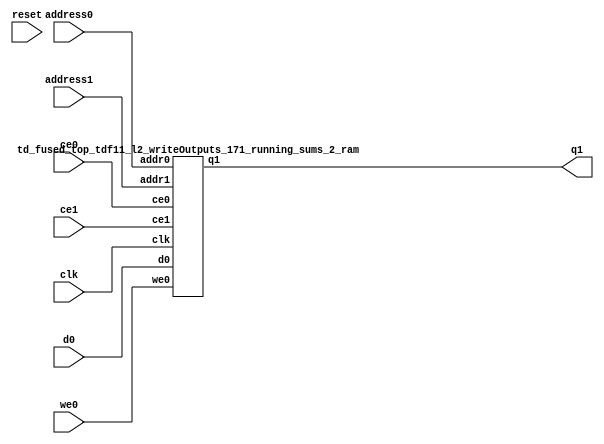
`define EXPONENT 5
`define MANTISSA 10
`define ACTUAL_MANTISSA 11
`define EXPONENT_LSB 10
`define EXPONENT_MSB 14
`define MANTISSA_LSB 0
`define MANTISSA_MSB 9
`define MANTISSA_MUL_SPLIT_LSB 3
`define MANTISSA_MUL_SPLIT_MSB 9
`define SIGN 1
`define SIGN_LOC 15
`define DWIDTH (`SIGN+`EXPONENT+`MANTISSA)
`define IEEE_COMPLIANCE 1

module td_fused_top_tdf11_l2_writeOutputs_171_running_sums_2(
    reset,
    clk,
    address0,
    ce0,
    we0,
    d0,
    address1,
    ce1,
    q1);

parameter DataWidth = 32'd16;
parameter AddressRange = 32'd128;
parameter AddressWidth = 32'd7;
input reset;
input clk;
input[AddressWidth - 1:0] address0;
input ce0;
input we0;
input[DataWidth - 1:0] d0;
input[AddressWidth - 1:0] address1;
input ce1;
output[DataWidth - 1:0] q1;



td_fused_top_tdf11_l2_writeOutputs_171_running_sums_2_ram td_fused_top_tdf11_l2_writeOutputs_171_running_sums_2_ram_U(
    .clk( clk ),
    .addr0( address0 ),
    .ce0( ce0 ),
    .we0( we0 ),
    .d0( d0 ),
    .addr1( address1 ),
    .ce1( ce1 ),
    .q1( q1 )
);

endmodule
module td_fused_top_tdf11_l2_writeOutputs_171_running_sums_2_ram (addr0, ce0, d0, we0, addr1, ce1, q1,  clk);

parameter DWIDTH = 16;
parameter AWIDTH = 7;
parameter MEM_SIZE = 128;

input[AWIDTH-1:0] addr0;
input ce0;
input[DWIDTH-1:0] d0;
input we0;
input[AWIDTH-1:0] addr1;
input ce1;
output reg[DWIDTH-1:0] q1;
input clk;

 reg [DWIDTH-1:0] ram[MEM_SIZE-1:0];

//initial begin
//    $readmemh("./td_fused_top_tdf11_l2_writeOutputs_171_running_sums_2_ram.dat", ram);
//end



always @(posedge clk)  
begin 
    if (ce0) begin
        if (we0) 
            ram[addr0] <= d0; 
    end
end


always @(posedge clk)  
begin 
    if (ce1) begin
        q1 <= ram[addr1];
    end
end


endmodule